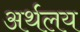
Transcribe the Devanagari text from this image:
अर्थलय